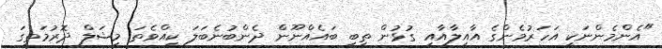
"އެންމެންނަކީ އަހަރުމެންގެ އާއިލާއާއި ގުޅުން ތިބި ބައެއްނޫން ދެންބުނެބަލަ ކީއްވެތަ މިޝަލް ދޮރުމަތީގަ